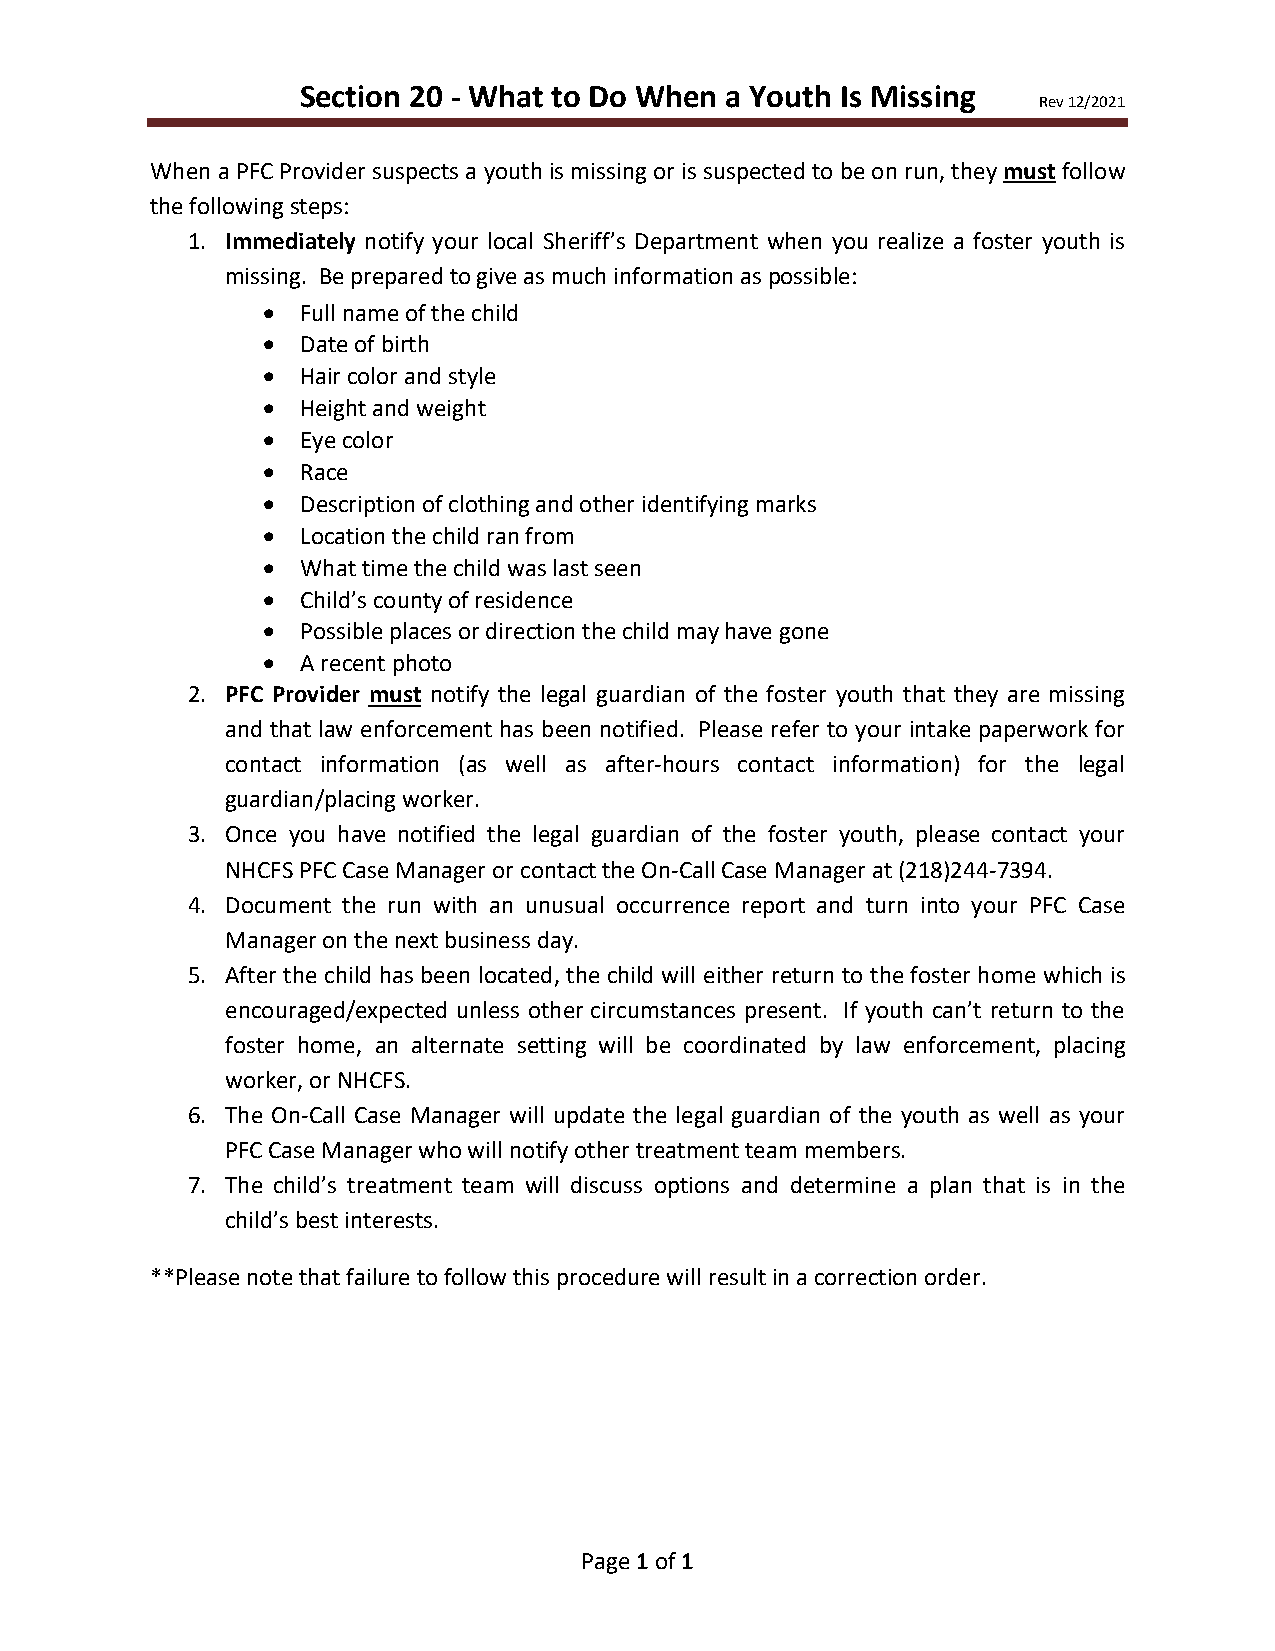
Section 20 - What to Do When a Youth Is Missing
 Rev 12/2021
 When a PFC Provider suspects a youth is missing or is suspected to be on run, they must follow
 the following steps:
 1. Immediately notify your local Sheriff’s Department when you realize a foster youth is
 missing. Be prepared to give as much information as possible:
 •  Full name of the child
 •  Date of birth
 •  Hair color and style
 •  Height and weight
 •  Eye color
 •  Race
 •  Description of clothing and other identifying marks
 •  Location the child ran from
 •  What time the child was last seen
 •  Child’s county of residence
 •  Possible places or direction the child may have gone
 •  A recent photo
 2. PFC Provider must notify the legal guardian of the foster youth that they are missing
 and that law enforcement has been notified. Please refer to your intake paperwork for
 contact information (as well as after-hours contact information) for the legal
 guardian/placing worker.
 3. Once you have notified the legal guardian of the foster youth, please contact your
 NHCFS PFC Case Manager or contact the On-Call Case Manager at (218)244-7394.
 4. Document the run with an unusual occurrence report and turn into your PFC Case
 Manager on the next business day.
 5. After the child has been located, the child will either return to the foster home which is
 encouraged/expected unless other circumstances present. If youth can’t return to the
 foster home, an alternate setting will be coordinated by law enforcement, placing
 worker, or NHCFS.
 6. The On-Call Case Manager will update the legal guardian of the youth as well as your
 PFC Case Manager who will notify other treatment team members.
 7. The child’s treatment team will discuss options and determine a plan that is in the
 child’s best interests.
 **Please note that failure to follow this procedure will result in a correction order.
 Page 1 of 1